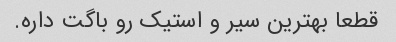
قطعا بهترین سیر و استیک رو باگت داره.